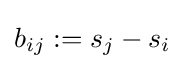
b_{ij}:=s_{j}-s_{i}